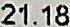
21.18